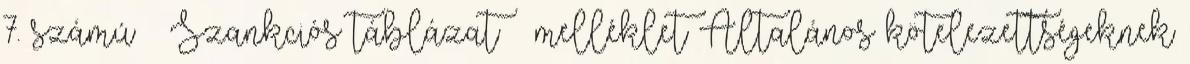
7. számú – Szankciós táblázat – melléklet Általános kötelezettségeknek